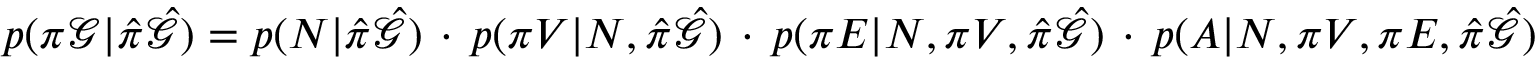
\begin{array} { r } { p ( \pi \mathcal { G } | \hat { \pi } \hat { \mathcal { G } } ) = p ( N | \hat { \pi } \hat { \mathcal { G } } ) \, \cdot \, p ( \pi V | N , \hat { \pi } \hat { \mathcal { G } } ) \, \cdot \, p ( \pi E | N , \pi V , \hat { \pi } \hat { \mathcal { G } } ) \, \cdot \, p ( A | N , \pi V , \pi E , \hat { \pi } \hat { \mathcal { G } } ) } \end{array}